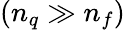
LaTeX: (n_{q}\gg n_{f})